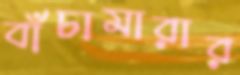
বাঁচামারার